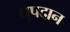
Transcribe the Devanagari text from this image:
धूपदान